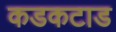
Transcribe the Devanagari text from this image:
कडकटाड